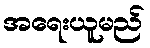
အရေးယူမည်